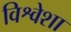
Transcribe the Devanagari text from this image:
विश्वेशा